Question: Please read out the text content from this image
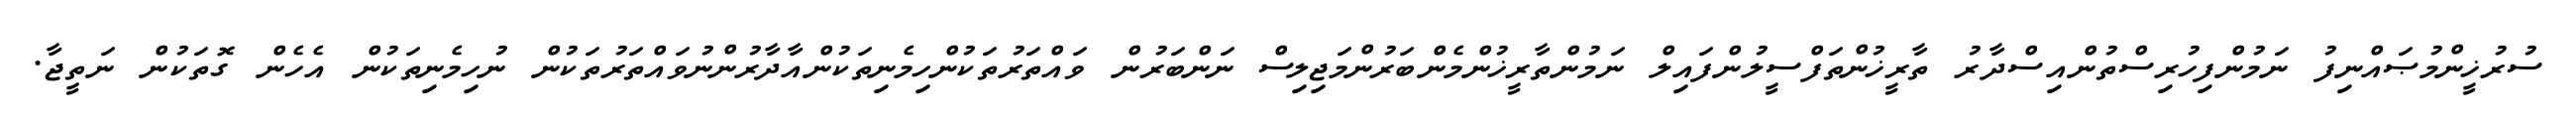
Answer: ސުރުޚީންމުޞައްނިފު ނަމުންފިހުރިސްތުންއިސްދާރު ތާރީޚުންތަފްސީލުންފައިލް ނަމުންތާރީޚުންމެންބަރުންމަޖިލިސް ނަންބަރުން ވައްތަރުތަކުންހިމެނިތަކުންއާދާރުންނުވައްތަރުތަކުން ނުހިމެނިތަކުން އެހެން ގޮތަކުން ނަތީޖާ.